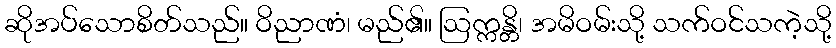
ဆိုအပ်သောစိတ်သည်။ ဝိညာဏံ၊ မည်၏။ ဩက္ကန္တိ၊ အမိဝမ်းသို့ သက်ဝင်သကဲ့သို့